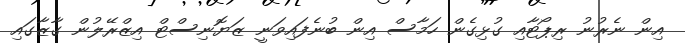
އިން ނެރުނު ރިޕޯޓާއި ގުޅިގެން ހަމާސް އިން ބުނެފައިވަނީ ޒަޔޮނިސްޓް އިޒްރޭލުން ގާޒާގައި